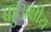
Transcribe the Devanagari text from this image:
बहुअक्षीय